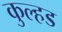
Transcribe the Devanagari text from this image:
कुल्हड